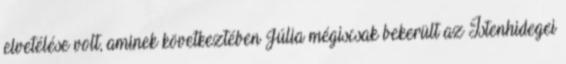
elvetélése volt, aminek következtében Júlia mégiscsak bekerült az Istenhidegei